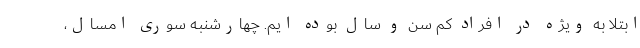
ابتلا به ویژه در افراد کم سن و سال بوده ایم. چهارشنبه سوری امسال،